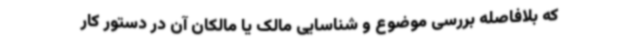
که بلافاصله بررسی موضوع و شناسایی مالک یا مالکان آن در دستور کار